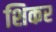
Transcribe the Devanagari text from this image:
शिकर